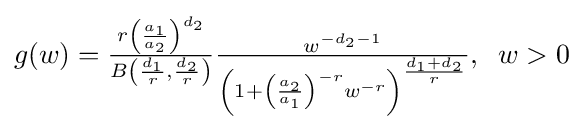
{\textstyle g(w)={\frac {r\left({\frac {a_{1}}{a_{2}}}\right)^{d_{2}}}{B\left({\frac {d_{1}}{r}},{\frac {d_{2}}{r}}\right)}}{\frac {w^{-d_{2}-1}}{\left(1+\left({\frac {a_{2}}{a_{1}}}\right)^{-r}w^{-r}\right)^{\frac {d_{1}+d_{2}}{r}}}},\;\;w>0}